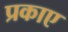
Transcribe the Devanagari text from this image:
प्रकाए